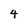
Character: 4